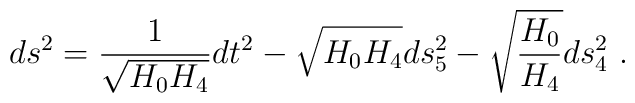
ds^2 = \frac{1}{\sqrt{H_0 H_4}} dt^2 - \sqrt{H_0 H_4} ds_5^2 - \sqrt{\frac{H_0}{H_4}} ds_4^2 \ .